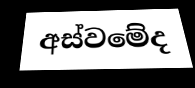
අස්වමේද